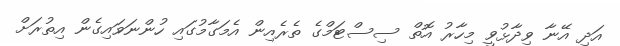
އަދި އޭނާ ވިދާޅުވީ މިހާރު އޮތް ސިސްޓަމްގެ ތެރެއިން އެމަގާމުގައި ހުންނަވައިގެން އިތުރަށް